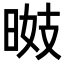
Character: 𣇠